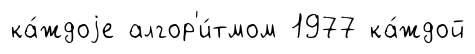
ка́ждоjе алгор'и́тмом 1977 ка́ждой